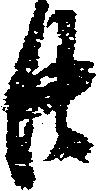
廿